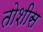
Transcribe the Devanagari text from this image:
तोशीस